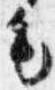
毛